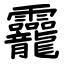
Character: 龗